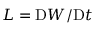
{ \cal L } = { \mathrm { D } W / \mathrm { D } t }